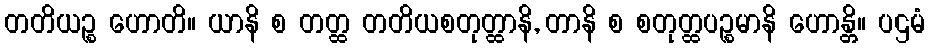
တတိယဉ္စ ဟောတိ။ ယာနိ စ တတ္ထ တတိယစတုတ္ထာနိ, တာနိ စ စတုတ္ထပဉ္စမာနိ ဟောန္တိ။ ပဌမံ